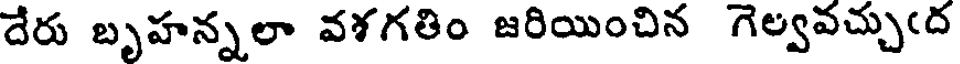
దేరు బృహన్నలా వశగతిం జరియించిన గెల్వవచ్చుఁద